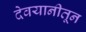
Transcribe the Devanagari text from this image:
देवयानीतून